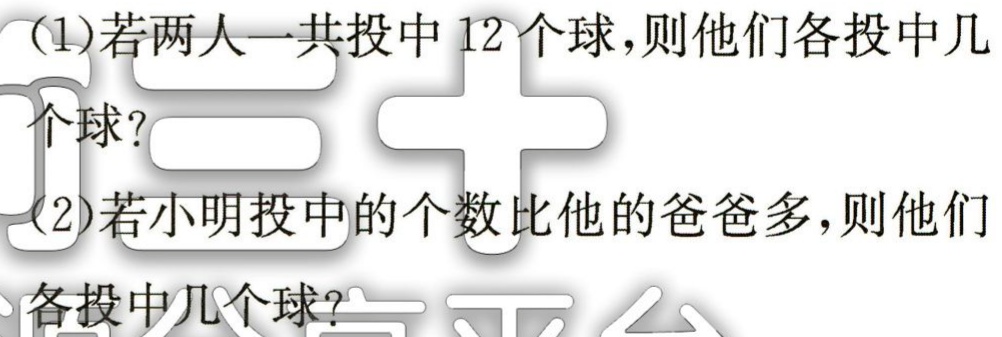
(1)若两人一共投中12个球，则他们各投中几个球?
(2)若小明投中的个数比他的爸爸多，则他们各投中几个球?